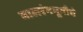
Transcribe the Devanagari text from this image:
बालरंगभूमीचे